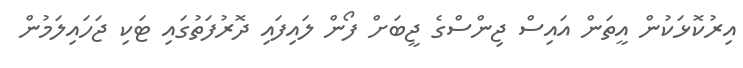
އިރުކޮޅަކުން އީތަން އައިސް ޖިންސްގެ ޖީބަށް ފޯން ލައިފައި ދޮރުފަތުގައި ޓަކި ޖަހައިލަމުން